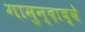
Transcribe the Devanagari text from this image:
गामुन्दाब्बे